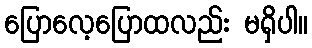
ပြောလေ့ပြောထလည်း မရှိပါ။